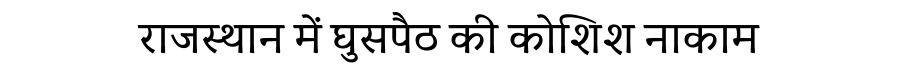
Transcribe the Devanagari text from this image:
राजस्थान में घुसपैठ की कोशिश नाकाम